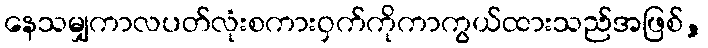
နေသမျှကာလပတ်လုံးစကားဝှက်ကိုကာကွယ်ထားသည်အဖြစ်,